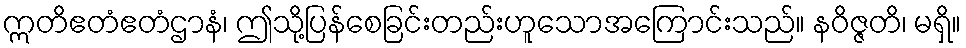
ဣတိဧတံဧတံဌာနံ၊ ဤသို့ပြန်စေခြင်းတည်းဟူသောအကြောင်းသည်။ နဝိဇ္ဇတိ၊ မရှိ။